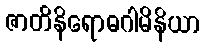
ဇာတိနိရောဓဂါမိနိယာ